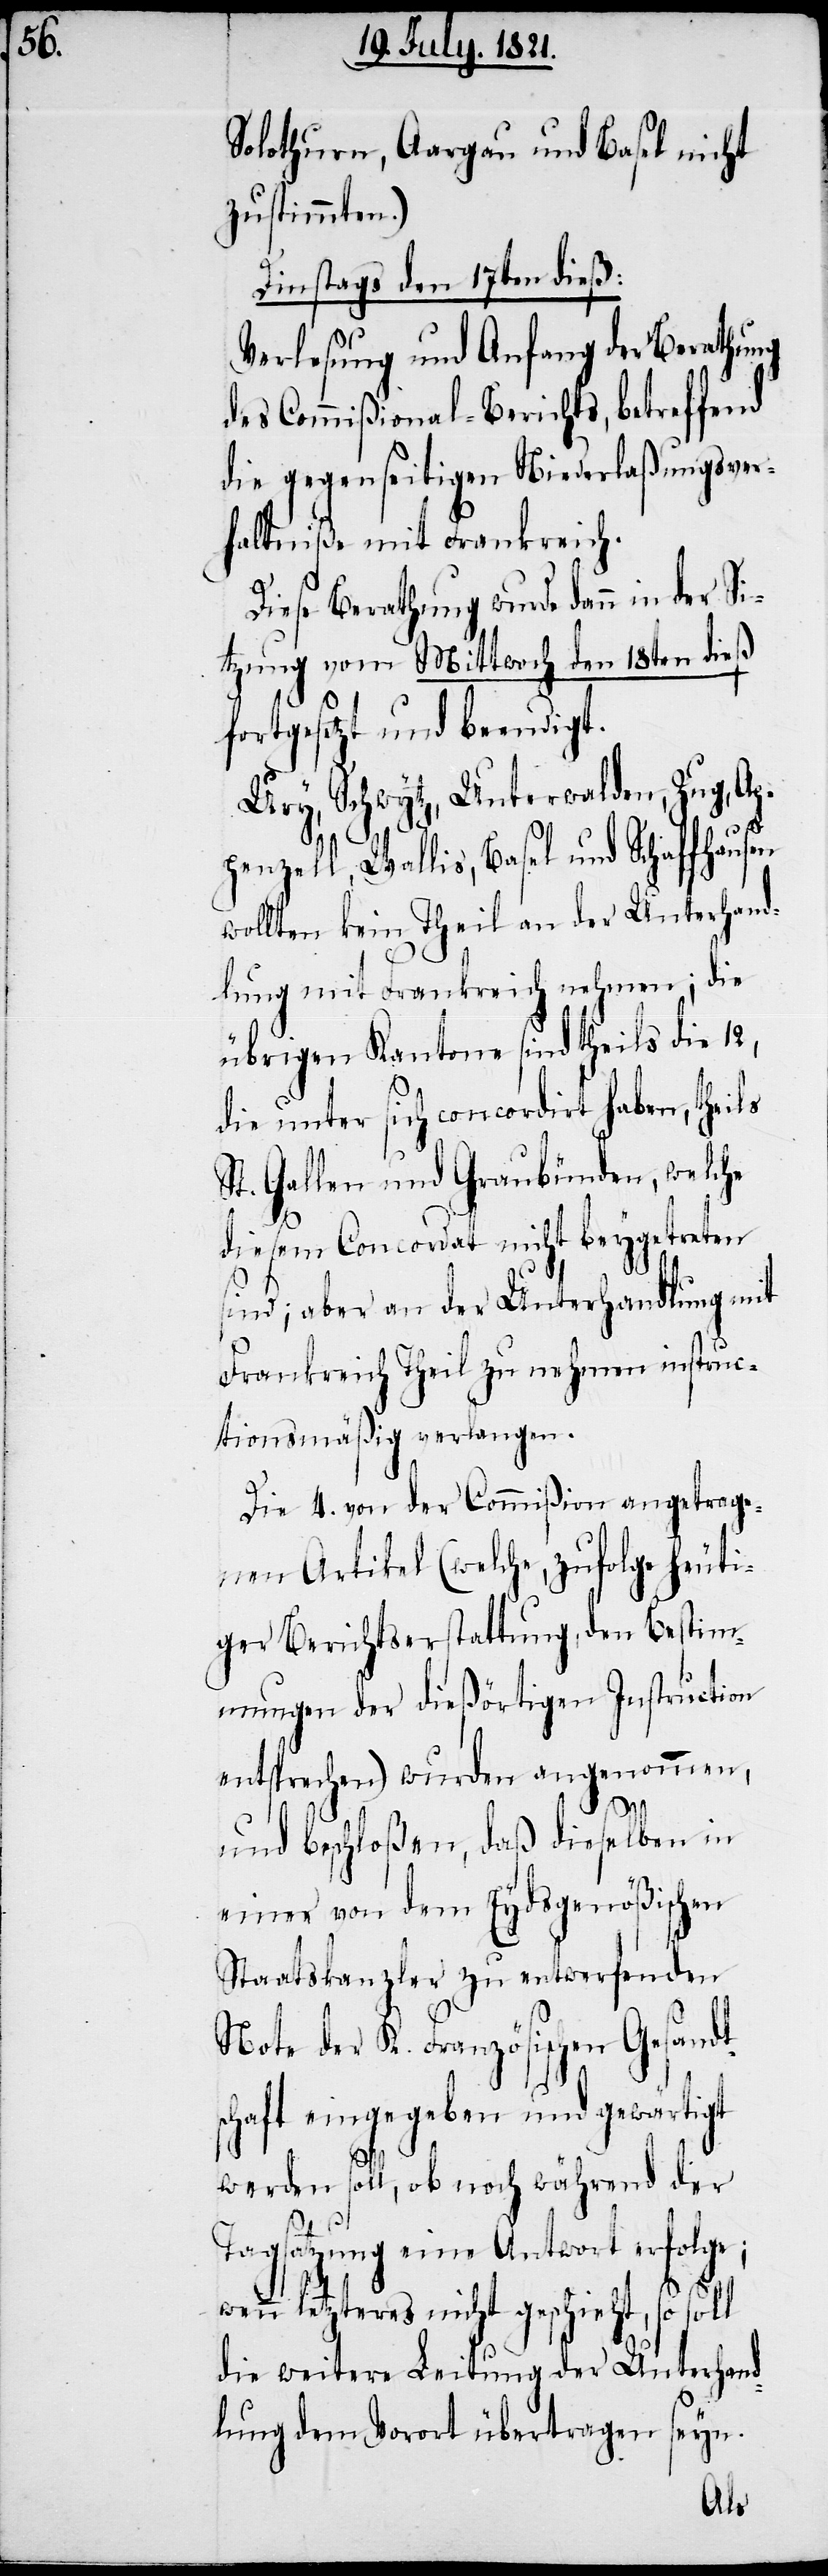
Solothurn, Aargau und Basel nicht
zustimmen.)
Dinstags den 17ten dieß:
Verlesung und Anfang der Berathung
des Commißional-Berichts, betreffend
die gegenseitigen Niederlaßungsver¬
hältniße mit Frankreich.
Diese Berathung wurde dann in der Si¬
tzung vom Mittwoch den 18ten dieß
fortgesetzt und beendigt.
Ury, Schwytz, Unterwalden, Zug, Ap¬
penzell, Wallis, Basel und Schaffhausen
wollten kein Theil an der Unterhand¬
lung mit Frankreich nehmen; die
übrigen Kantone sind theils die 12,
die unter sich concordirt haben, theils
St. Gallen und Graubünden, welche
diesem Concordat nicht beygetreten
sind; aber an der Unterhandlung mit
Frankreich Theil zu nehmen instruc¬
tionsmäßig verlangen.
Die 4. von der Commißion angetrage¬
nen Artikel (welche, zufolge heuti¬
ger Berichtserstattung, den Bestim¬
mungen der dießörtigen Instruction
entsprechen) wurden angenommen,
und beschloßen, daß dieselben in
einer von dem Eydsgenößischen
Staatskanzler zu entwerfenden
Note der K. Französischen Gesandt¬
chaft eingegeben und gewärtigt
werden soll, ob noch während der
Tagsatzung eine Antwort erfolge;
wenn letzteres nicht geschieht, so soll
die weitere Leitung der Unterhand¬
lung dem Vorort übertragen seyn.
s¬